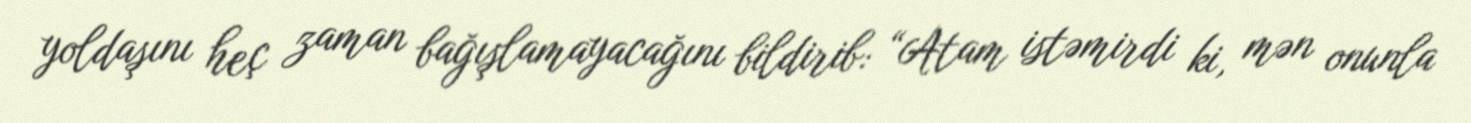
yoldaşını heç zaman bağışlamayacağını bildirib: “Atam istəmirdi ki, mən onunla